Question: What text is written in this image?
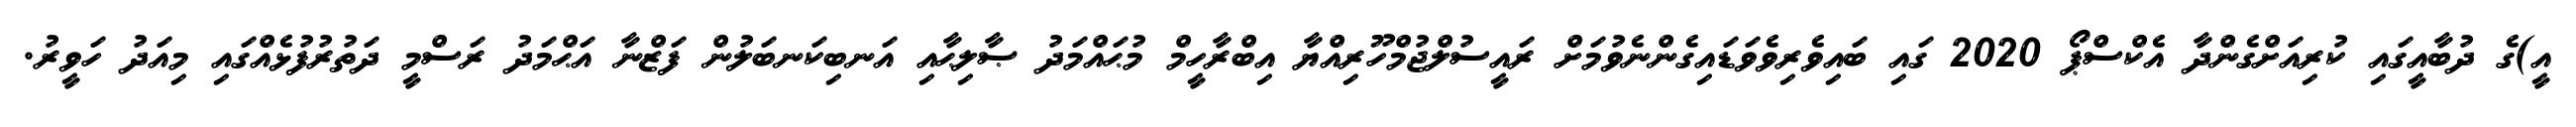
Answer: އީ)ގެ ދުބާއީގައި ކުރިއަށްގެންދާ އެކްސްޕޯ 2020 ގައި ބައިވެރިވެވަޑައިގެންނެވުމަށް ރައީސުލްޖުމްހޫރިއްޔާ އިބްރާހީމް މުޙައްމަދު ޞާލިޙާއި އަނބިކަނބަލުން ފަޒްނާ އަޙްމަދު ރަސްމީ ދަތުރުފުޅެއްގައި މިއަދު ހަވީރު.